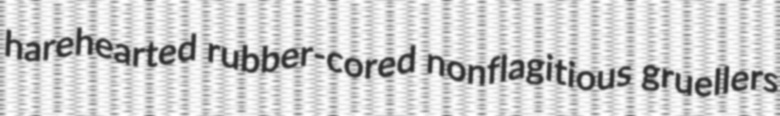
harehearted rubber-cored nonflagitious gruellers